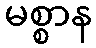
မစ္စာန